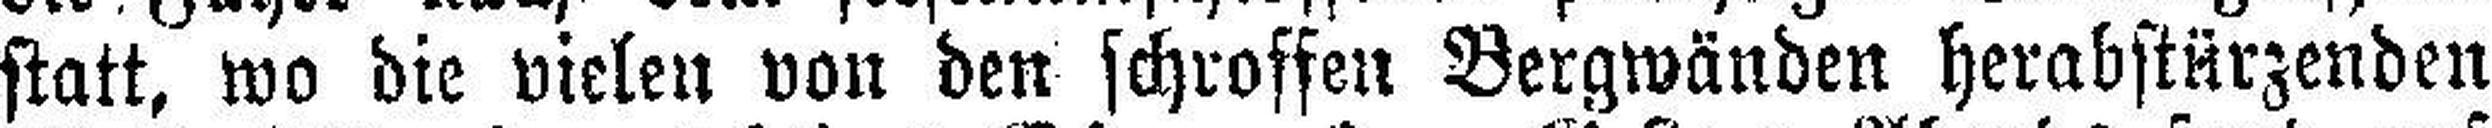
statt, wo die vielen von den schroffen Bergwänden herabstürzenden